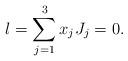
LaTeX: \begin{align*}l= \sum^{3}_{j=1} x_{j} J_{j} =0.\end{align*}